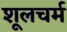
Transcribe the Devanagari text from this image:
शूलचर्म